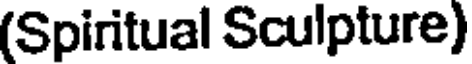
(Spiritual Sculpture)